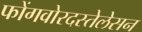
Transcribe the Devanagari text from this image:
फोंगवोरदस्तेलेसन